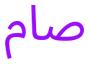
صام